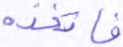
فاتخذه